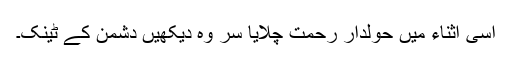
اسی اثناء میں حولدار رحمت چلایا سر وہ دیکھیں دشمن کے ٹینک۔